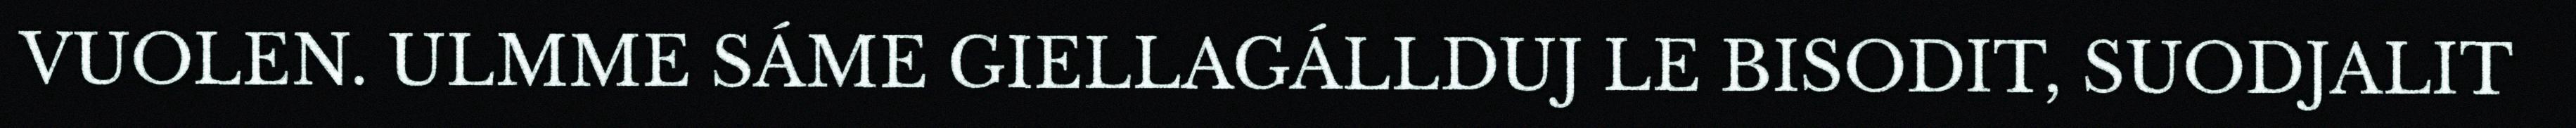
VUOLEN. ULMME SÁME GIELLAGÁLLDUJ LE BISODIT, SUODJALIT